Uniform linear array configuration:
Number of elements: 32
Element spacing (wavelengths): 0.5
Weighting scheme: kaiser
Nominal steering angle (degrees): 15
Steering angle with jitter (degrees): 13.38
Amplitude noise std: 0.05
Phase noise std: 0.05

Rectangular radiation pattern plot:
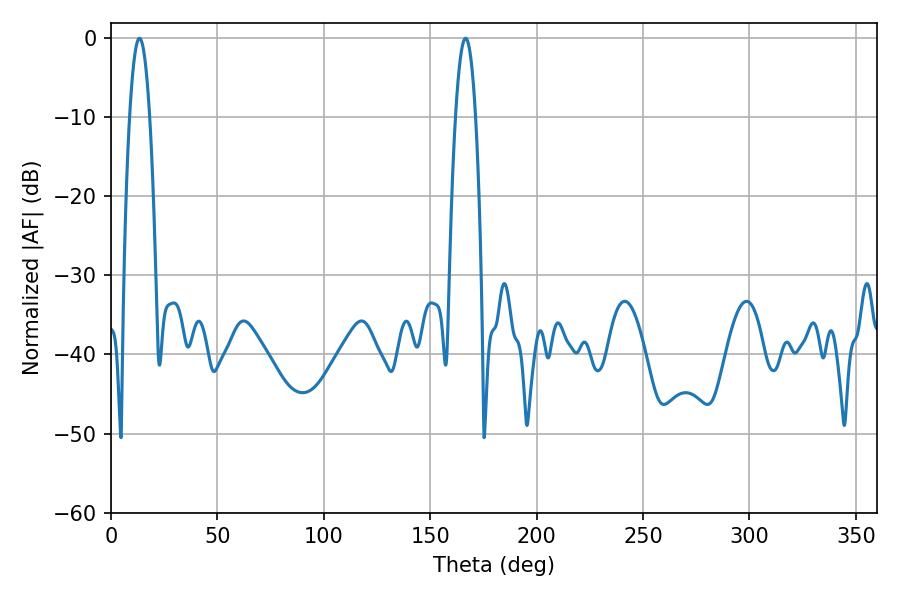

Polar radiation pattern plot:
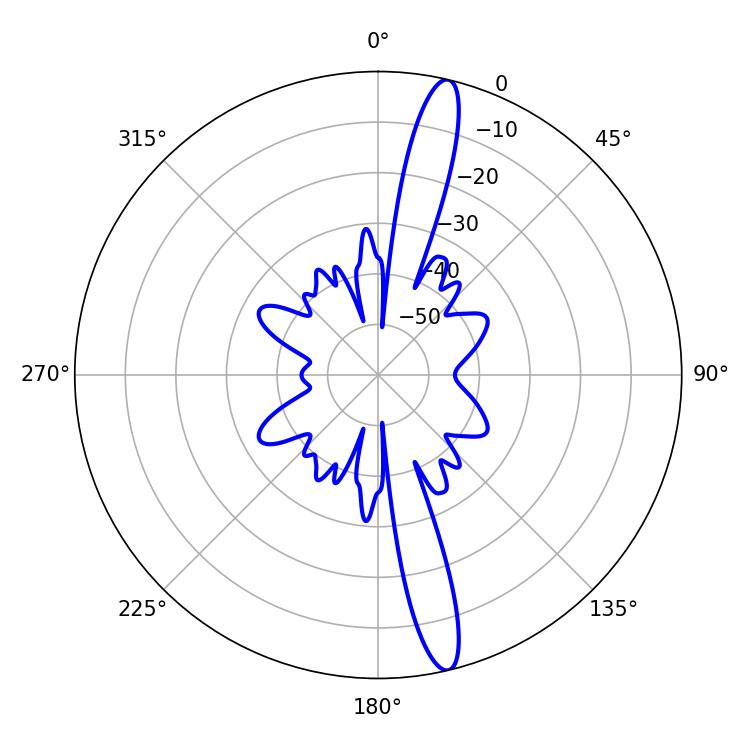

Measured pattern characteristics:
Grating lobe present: FALSE
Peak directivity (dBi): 16.441
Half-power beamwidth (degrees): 5.22
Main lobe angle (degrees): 13.32